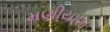
મણીયાશા